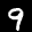
Label: 9